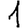
Digit: 1